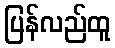
ပြန်လည်ထူ